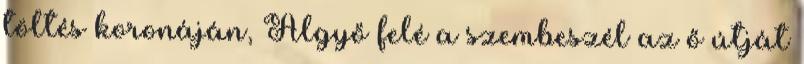
töltés koronáján, Algyő felé a szembeszél az ő útját